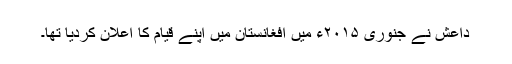
داعش نے جنوری ۲۰۱۵ء میں افغانستان میں اپنے قیام کا اعلان کردیا تھا۔